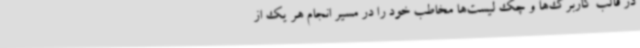
در قالب کاربرگ‌ها و چک لیست‌ها مخاطب خود را در مسیر انجام هر یک از